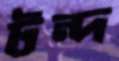
টন্দ